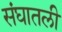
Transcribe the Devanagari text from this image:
संघातली